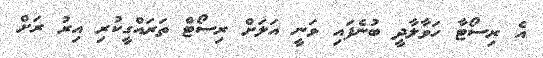
އެ ރިސޯޓާ ހަވާލާދީ ބުނެފައި ވަނީ އަލަށް ރިސޯޓް ތަރައްގީކުރި އިރު ރަށް